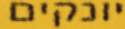
יונקים